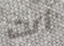
أنت